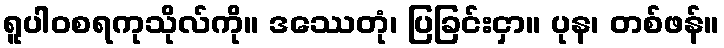
ရူပါဝစရကုသိုလ်ကို။ ဒဿေတုံ၊ ပြခြင်းငှာ။ ပုန၊ တစ်ဖန်။